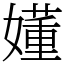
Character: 嬞